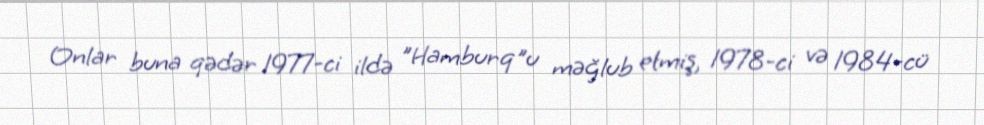
Onlar buna qədər 1977-ci ildə "Hamburq"u məğlub etmiş, 1978-ci və 1984-cü